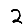
Digit: 2